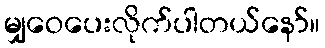
မျှဝေပေးလိုက်ပါတယ်နော်။